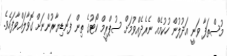
މުސްތަފާ ވަނީ އަދުލުން ހުކުމެއް ނެރެދެއްވުމަށް ސުޕްރީމް ކޯޓުގެ ތިން ފަނޑިޔާރުންނަށް ގޮވާލައްވާފައެވެ.